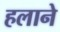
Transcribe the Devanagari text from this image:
हलाने